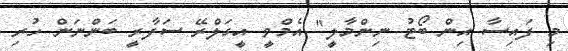
މި ފައިސާ އިން ބޯޓު ނިންމާލީ" އެމްވީ އީގަލްރޭ ސަފާރީ ބަންނަން ހުރި